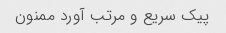
پیک سریع و مرتب آورد ممنون